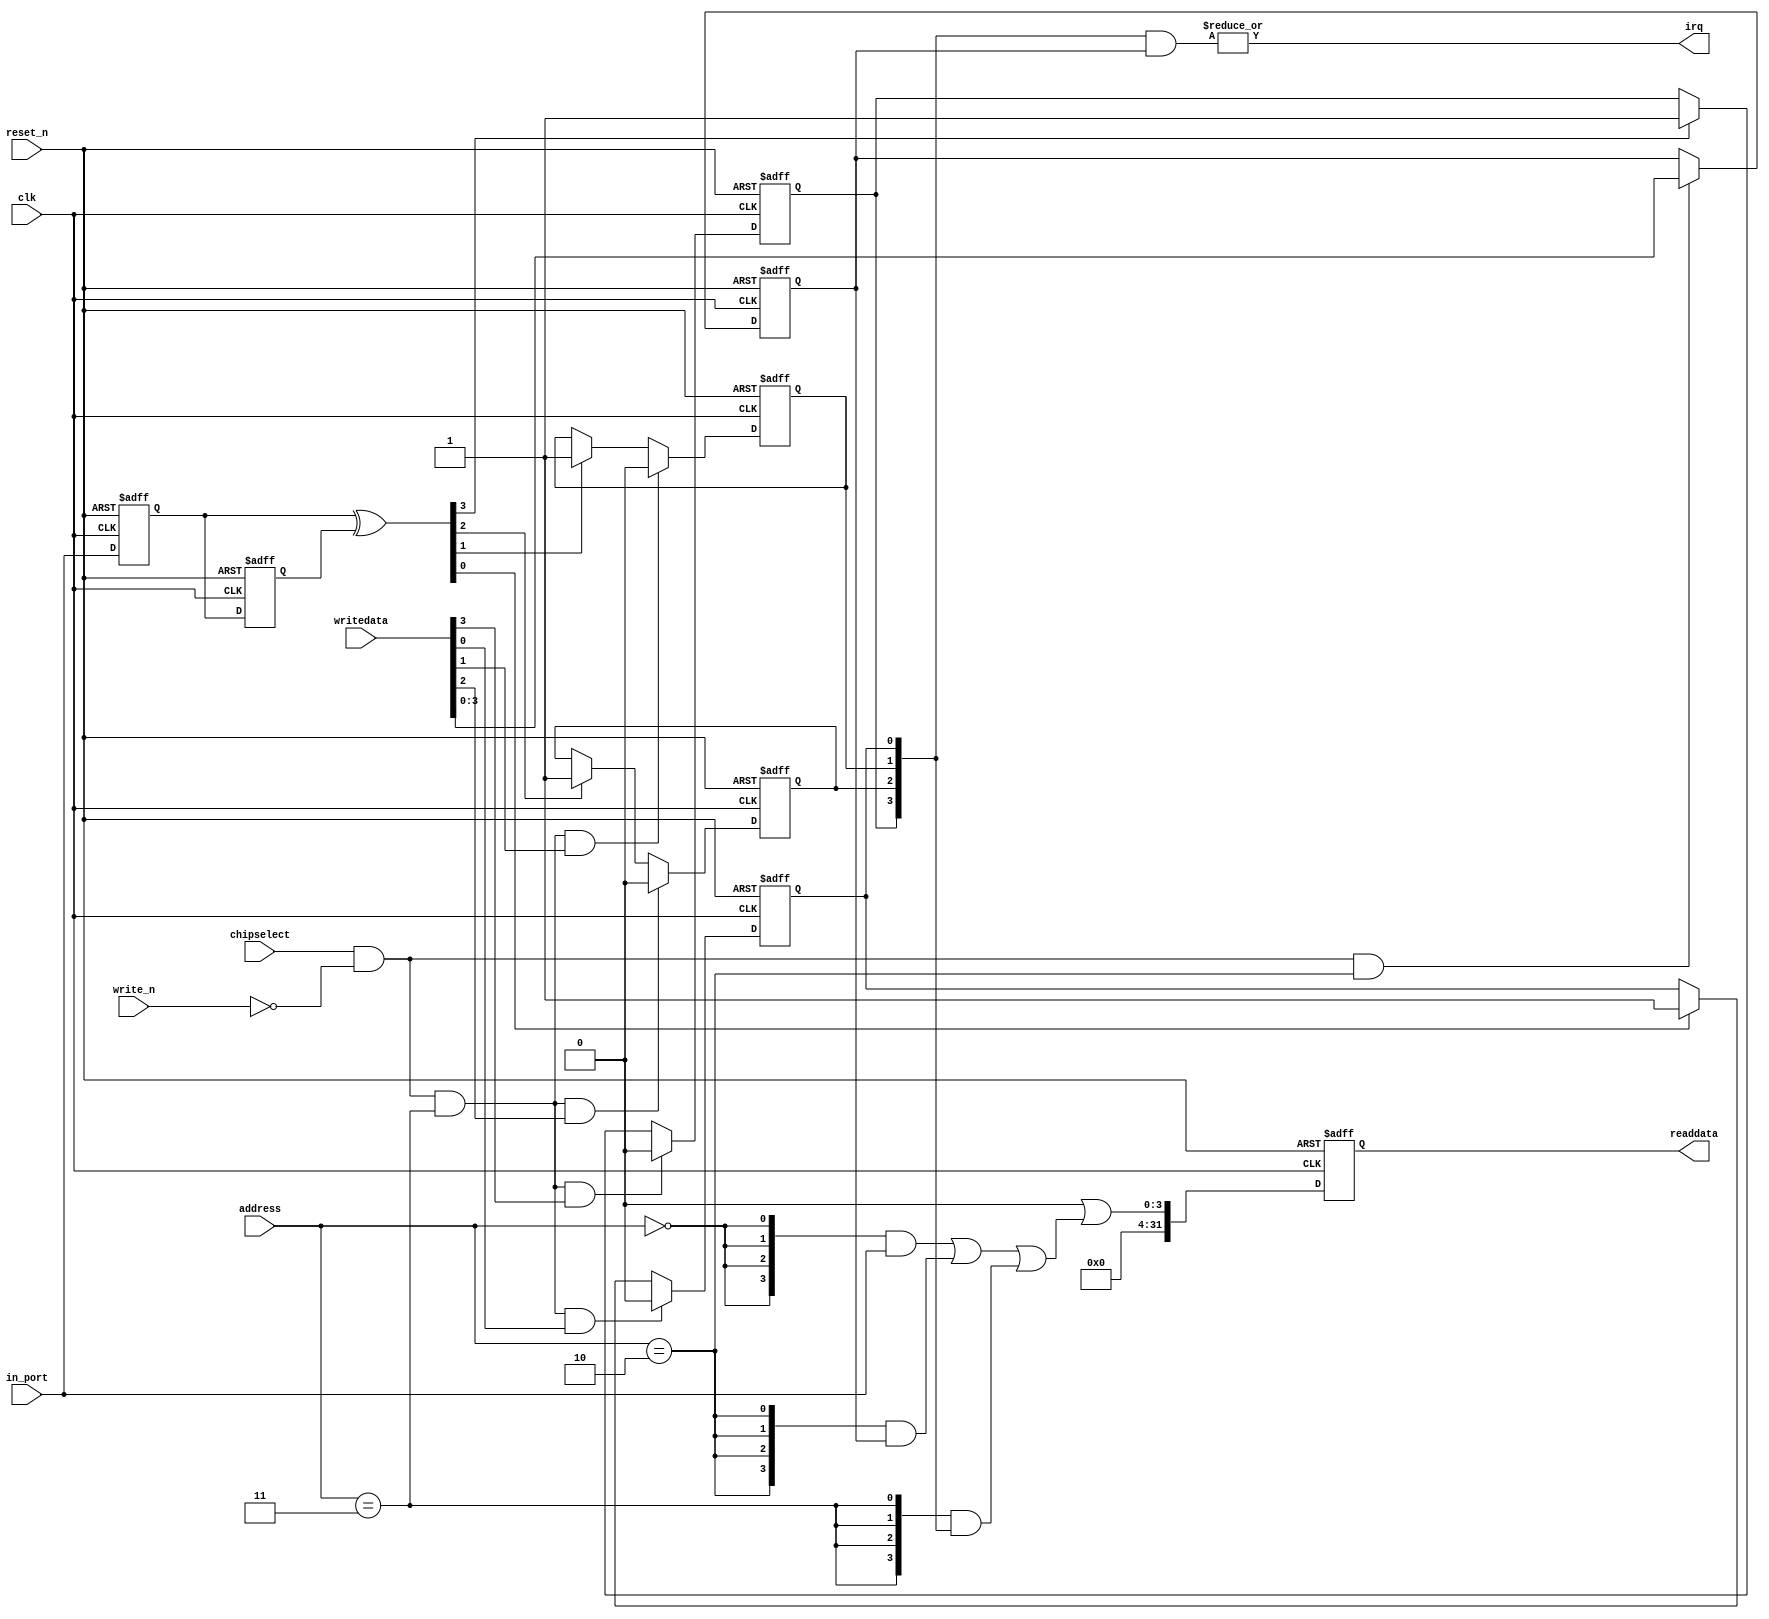
module soc_system_dipsw_pio (
                              // inputs:
                               address,
                               chipselect,
                               clk,
                               in_port,
                               reset_n,
                               write_n,
                               writedata,

                              // outputs:
                               irq,
                               readdata
                            )
;

  output           irq;
  output  [ 31: 0] readdata;
  input   [  1: 0] address;
  input            chipselect;
  input            clk;
  input   [  3: 0] in_port;
  input            reset_n;
  input            write_n;
  input   [ 31: 0] writedata;


wire             clk_en;
reg     [  3: 0] d1_data_in;
reg     [  3: 0] d2_data_in;
wire    [  3: 0] data_in;
reg     [  3: 0] edge_capture;
wire             edge_capture_wr_strobe;
wire    [  3: 0] edge_detect;
wire             irq;
reg     [  3: 0] irq_mask;
wire    [  3: 0] read_mux_out;
reg     [ 31: 0] readdata;
  assign clk_en = 1;
  //s1, which is an e_avalon_slave
  assign read_mux_out = ({4 {(address == 0)}} & data_in) |
    ({4 {(address == 2)}} & irq_mask) |
    ({4 {(address == 3)}} & edge_capture);

  always @(posedge clk or negedge reset_n)
    begin
      if (reset_n == 0)
          readdata <= 0;
      else if (clk_en)
          readdata <= {32'b0 | read_mux_out};
    end


  assign data_in = in_port;
  always @(posedge clk or negedge reset_n)
    begin
      if (reset_n == 0)
          irq_mask <= 0;
      else if (chipselect && ~write_n && (address == 2))
          irq_mask <= writedata[3 : 0];
    end


  assign irq = |(edge_capture & irq_mask);
  assign edge_capture_wr_strobe = chipselect && ~write_n && (address == 3);
  always @(posedge clk or negedge reset_n)
    begin
      if (reset_n == 0)
          edge_capture[0] <= 0;
      else if (clk_en)
          if (edge_capture_wr_strobe && writedata[0])
              edge_capture[0] <= 0;
          else if (edge_detect[0])
              edge_capture[0] <= -1;
    end


  always @(posedge clk or negedge reset_n)
    begin
      if (reset_n == 0)
          edge_capture[1] <= 0;
      else if (clk_en)
          if (edge_capture_wr_strobe && writedata[1])
              edge_capture[1] <= 0;
          else if (edge_detect[1])
              edge_capture[1] <= -1;
    end


  always @(posedge clk or negedge reset_n)
    begin
      if (reset_n == 0)
          edge_capture[2] <= 0;
      else if (clk_en)
          if (edge_capture_wr_strobe && writedata[2])
              edge_capture[2] <= 0;
          else if (edge_detect[2])
              edge_capture[2] <= -1;
    end


  always @(posedge clk or negedge reset_n)
    begin
      if (reset_n == 0)
          edge_capture[3] <= 0;
      else if (clk_en)
          if (edge_capture_wr_strobe && writedata[3])
              edge_capture[3] <= 0;
          else if (edge_detect[3])
              edge_capture[3] <= -1;
    end


  always @(posedge clk or negedge reset_n)
    begin
      if (reset_n == 0)
        begin
          d1_data_in <= 0;
          d2_data_in <= 0;
        end
      else if (clk_en)
        begin
          d1_data_in <= data_in;
          d2_data_in <= d1_data_in;
        end
    end


  assign edge_detect = d1_data_in ^  d2_data_in;

endmodule